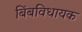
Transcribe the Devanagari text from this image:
बिंबविधायक